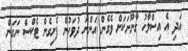
އަދި އެ އިސްލާހު ގާނޫނަކަށް ވެގެން އަންނަ ދުވަހުން ފެށިގެން ޓެކްސް ނަގަން